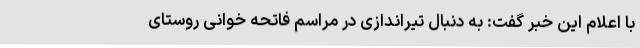
با اعلام این خبر گفت: به دنبال تیراندازی در مراسم فاتحه خوانی روستای